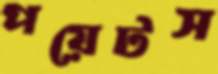
পয়েটস